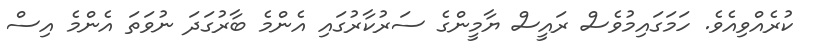
ކުރެއްވިއެވެ. ހަމަގައިމުވެސް ރައީސް ޔާމީންގެ ސަރުކާރުގައި އެންމެ ބާރުގަދަ ނުވަތަ އެންމެ އިސް